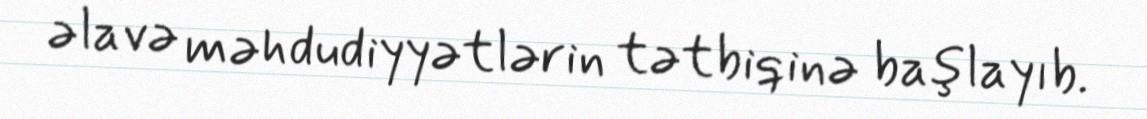
əlavə məhdudiyyətlərin tətbiqinə başlayıb.